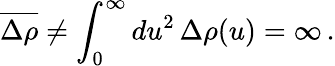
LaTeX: \overline{{{\Delta\rho}}}\neq\int_{0}^{\infty}du^{2}\, \Delta\rho(u)=\infty\, .